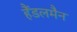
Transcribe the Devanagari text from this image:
हैंडलमैन